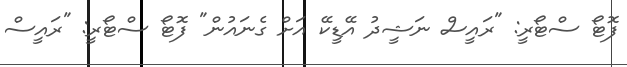
ފޮޓޯ ސްޓޯރީ: "ރައީސް ނަޝީދު އޭޑީކޭ އަށް ގެނައުން" ފޮޓޯ ސްޓޯރީ: "ރައީސް